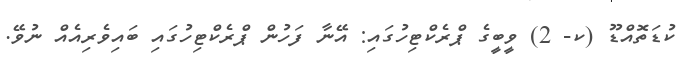
ކުޑަތޮއްޑޫ (ކ- 2) ވީބީގެ ޕްރެކްޓިހުގައި: އޭނާ ފަހުން ޕްރެކްޓިހުގައި ބައިވެރިއެއް ނުވޭ.